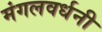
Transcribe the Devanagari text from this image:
मंगलवर्धनी